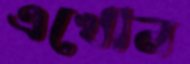
এখোন